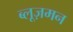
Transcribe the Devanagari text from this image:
ब्लूज़मन